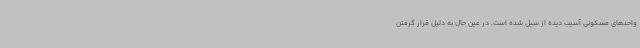
واحدهای مسکونی آسیب دیده از سیل شده است. در عین حال به دلیل قرار گرفتن